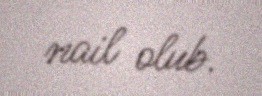
nail olub.